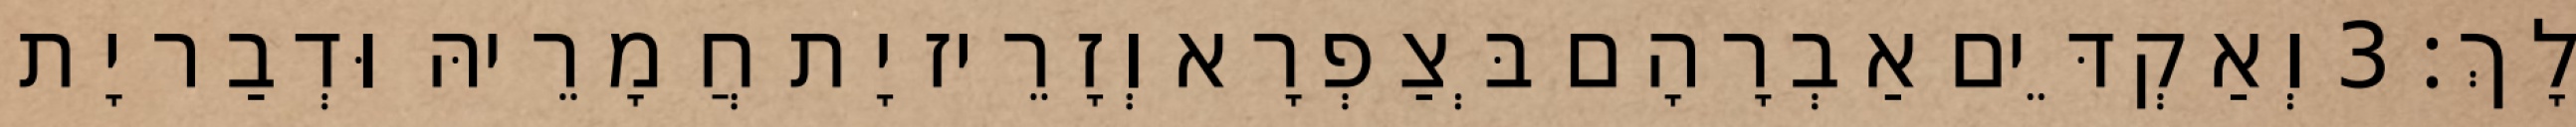
לָךְ׃ 3 וְאַקְדֵּים אַבְרָהָם בְּצַפְרָא וְזָרֵיז יָת חֲמָרֵיהּ וּדְבַר יָת